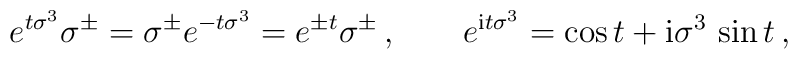
e^{t \sigma^3} \sigma^\pm = \sigma^\pm  e^{-t \sigma^3} = e^{\pm t } \sigma^\pm \,, \qquad  e^{{\rm i} t \sigma^3} =  \cos t + {\rm i} \sigma^3 \, \sin t  \,,